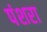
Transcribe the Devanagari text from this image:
पंशरा